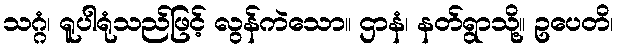
သဂ္ဂံ၊ ရူပါရုံသည်ဖြင့် လွန်ကဲသော။ ဌာနံ၊ နတ်ရွာသို့။ ဥပေတိ၊